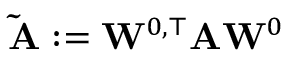
\mathbf { \widetilde A } : = \mathbf { W } ^ { 0 , \top } \mathbf { A } \mathbf { W } ^ { 0 }